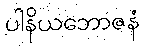
ပါနိယဘောဇနံ